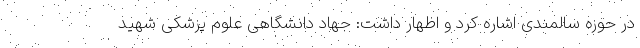
در حوزه سالمندی اشاره کرد و اظهار داشت: جهاد دانشگاهی علوم پزشکی شهید